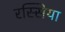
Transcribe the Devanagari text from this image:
रस्सिया